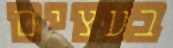
בעצים